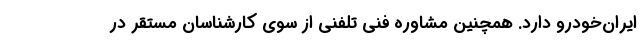
ایران‌خودرو دارد. همچنین مشاوره فنی تلفنی از سوی کارشناسان مستقر در